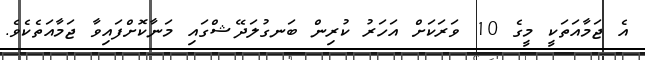
އެ ޖަމާއަތަކީ މީގެ 10 ވަރަކަށް އަހަރު ކުރިން ބަނގުލަދޭޝްގައި މަނާކޮށްފައިވާ ޖަމާއަތެކެވެ.